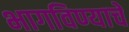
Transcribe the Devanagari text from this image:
भागविण्याचे